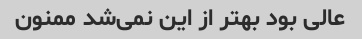
عالی بود بهتر از این نمی‌شد ممنون